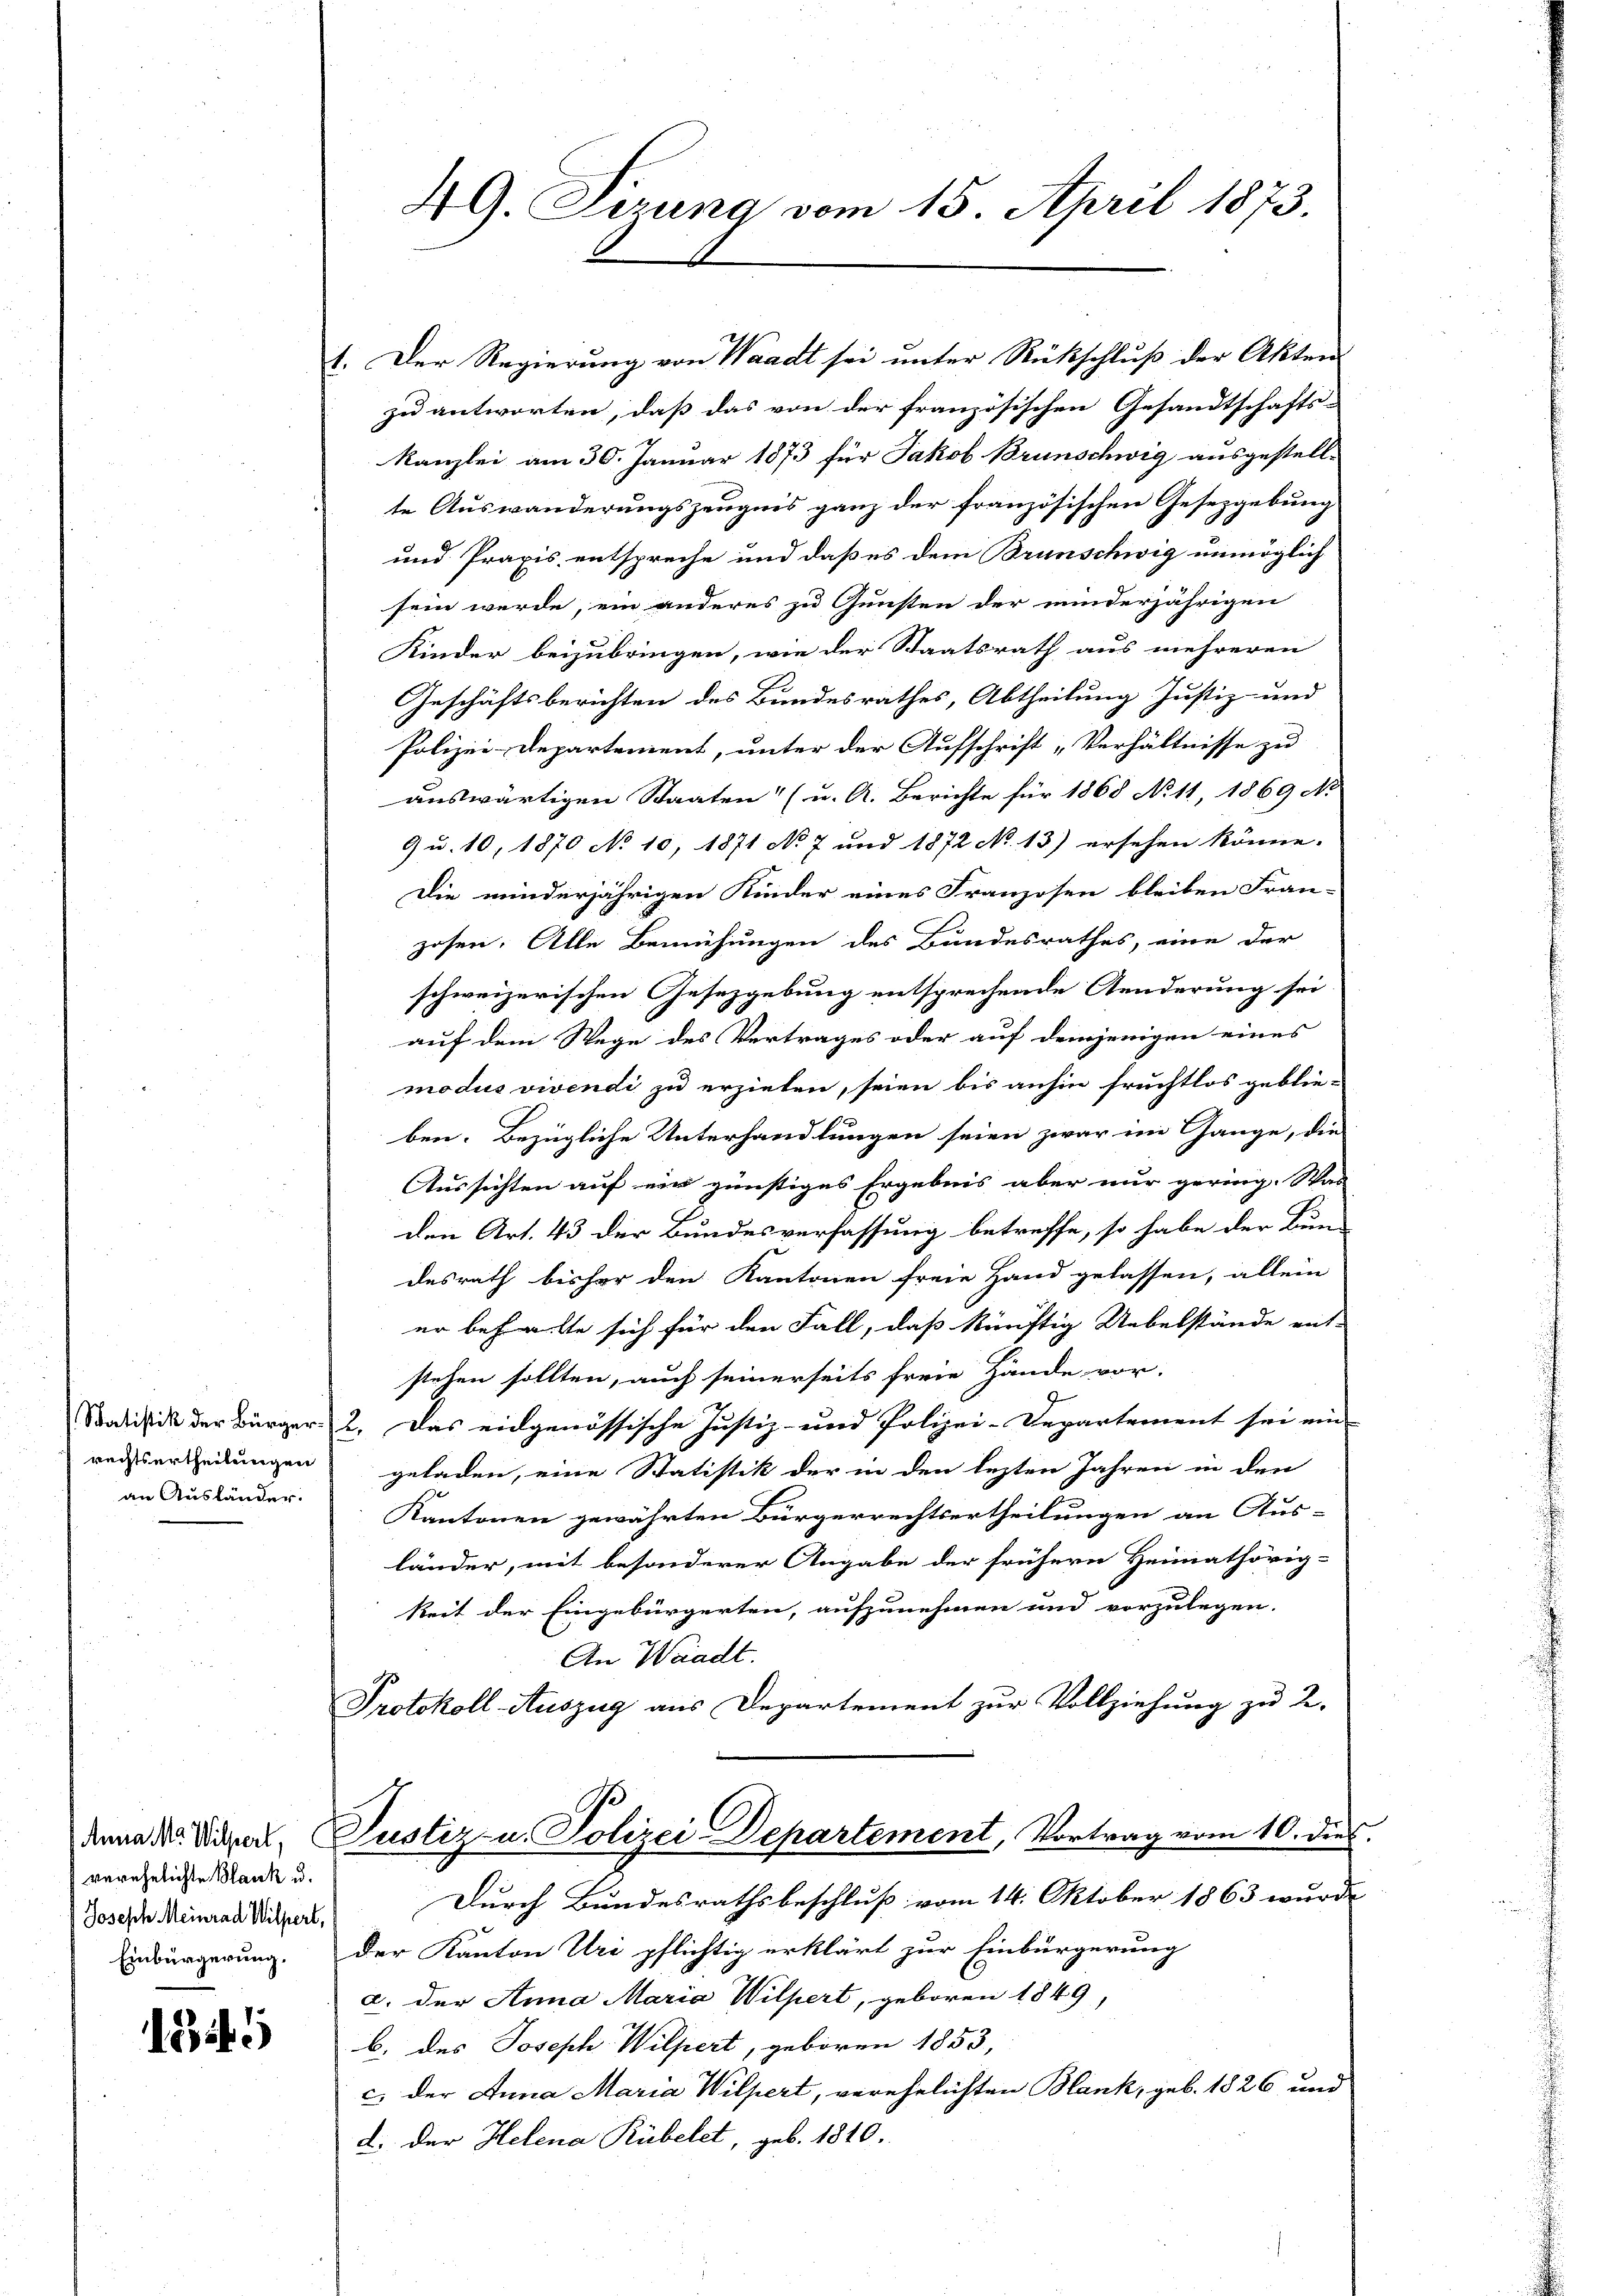
rechtsurtheilungen
an Ausländer.

verehelichte Blank u.
Joseph Meinrad Wilpert,
Einbürgerung,

1349

1. Der Regierung von Waadt sei unter Rückschluß der Akten
zu antworten, daß das von der französischen Gesandtschafts-
kanzlei am 30. Januar 1873 für Jakob Brunschwig ausgestell-
te Auswanderungszeugnis ganz der französischen Gesezgebung
und Praxis entspreche und daß es dem Brunschwig unmöglich
sein werde, ein anderes zu Gunsten der minderjährigen
Kinder beizubringen, wie der Staatsrath aus mehreren
Geschäftsberichten des Bundesrathes, Abtheilung Justiz- und
Polizei-Departement, unter der Aufschrift „Verhältnisse zu
auswärtigen Staaten (u. A. Berichte für 1868 No 11, 1869 No
9 u. 10, 1870 No 10, 1871 No 7 und 1872 No 13) ersehen könne.
Die minderjährigen Kinder eines Franzosen bleiben Fran-
zosen. Alle Bemühungen des Bundesrathes, eine der
schweizerischen Gesetzgebung entsprechende Aenderung sei
auf dem Wege des Vertrages oder auf demjenigen eines
modus vivendi zu erziehen, seien bis anhin fruchtlos geblie-
ben. Bezügliche Unterhandlungen seien zwar im Gange, die
Aussichten auf ein günstiges Ergebnis aber nur gering. Was
den Art. 43 der Bundesverfassung betreffe, so habe der Bun-
desrath bisher den Kantonen freie Hand gelassen, allein
er behalte sich für den Fall, daß künftig Uebelstände ent-
stehen sollten, auch seinerseits freie Hände vor-
Bodistik der Bürger 2. Das eidgenössische Justiz- und Polizei-Departement sei ein-
geladen, eine Statistik der in den lezten Jahren in den
Kantonen gewährten Bürgerrechtsertheilungen an Aus-
länder, mit besonderer Angabe der frühern Heimathörig-
keit der Eingebürgerten, aufzunehmen und vorzulegen.
An Waadt.
Protokoll Auszug aus Departement zur Vollziehung zu 2.
dena der Super Justiz- u. Polizei Departement, Vortrag vom 10. die
Durch Bundesrathsbeschluß vom 14. Oktober 1863 wurde
der Kanton Uri pflichtig erklärt zur Einbürgerung
a. Der Anna Maria Wilpert, geboren 1849,
b. des Joseph Wilpert, geboren 1853,
c. der Anna Maria Wilpert, verehelichten Blank, geb. 1826 und
d. Der Helena Rübelet, geb. 1810.

49. Sirung vom 15. April 1873.